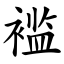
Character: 褴